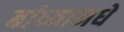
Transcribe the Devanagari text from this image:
बांध्यामधे